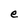
Character: e